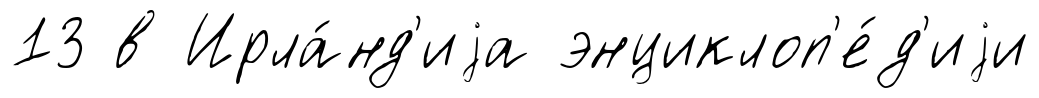
13 в Ирла́нд'иjа энциклоп'е́д'иjи